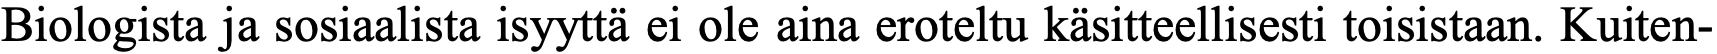
Biologista ja sosiaalista isyyttä ei ole aina eroteltu käsitteellisesti toisistaan. Kuiten-